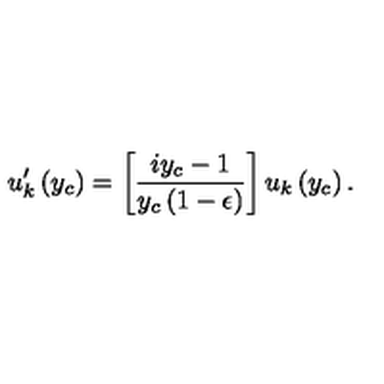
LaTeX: u _ { k } ^ { \prime } \left( y _ { c } \right) = \left[ { \frac { i y _ { c } - 1 } { y _ { c } \left( 1 - \epsilon \right) } } \right] u _ { k } \left( y _ { c } \right) .